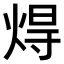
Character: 𤊢